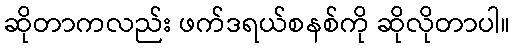
ဆိုတာကလည်း ဖက်ဒရယ်စနစ်ကို ဆိုလိုတာပါ။